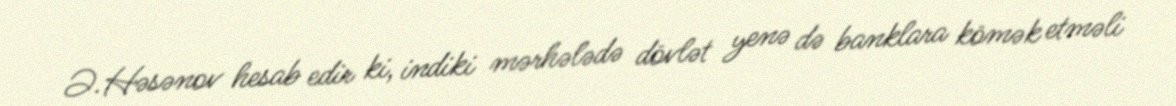
Ə.Həsənov hesab edir ki, indiki mərhələdə dövlət yenə də banklara kömək etməli